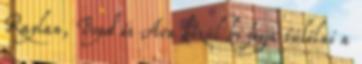
Raylan, Boyd és Ava közül ki fogja túlélni a